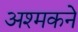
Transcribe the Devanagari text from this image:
अश्मकने